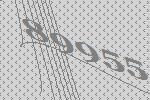
89955